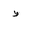
Letter: _da